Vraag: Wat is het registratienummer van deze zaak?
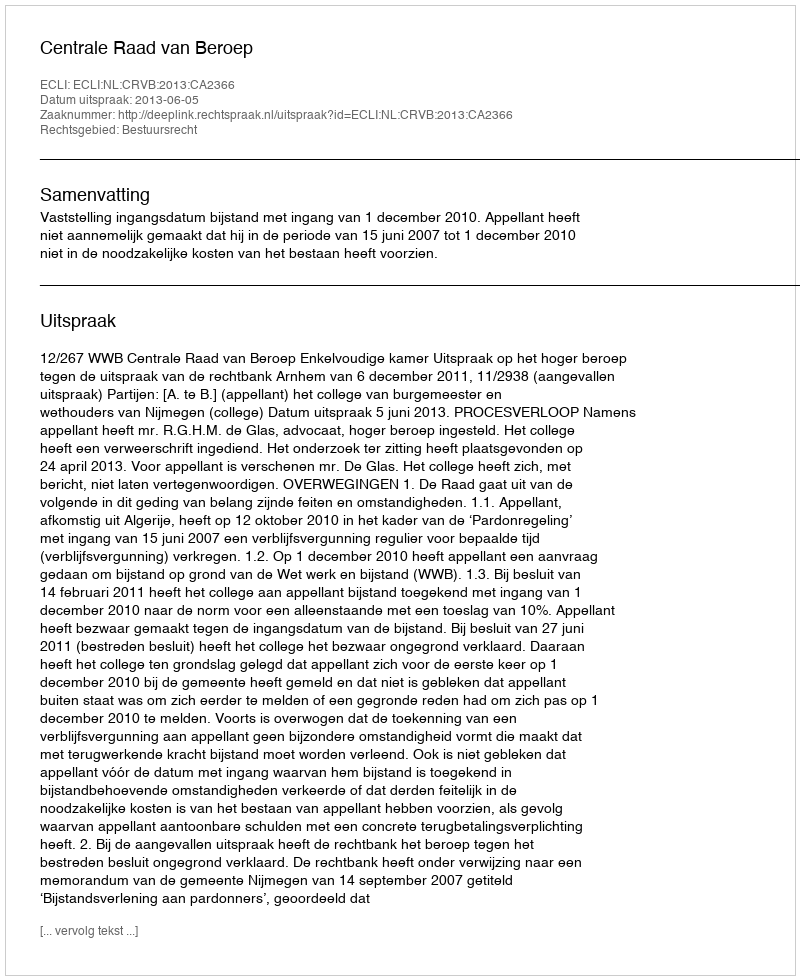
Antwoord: http://deeplink.rechtspraak.nl/uitspraak?id=ECLI:NL:CRVB:2013:CA2366